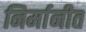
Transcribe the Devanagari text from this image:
निर्मानीत